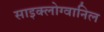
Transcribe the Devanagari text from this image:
साइक्लोग्वानिल